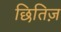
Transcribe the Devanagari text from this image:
छितिज़